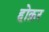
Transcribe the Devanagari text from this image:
होक़र